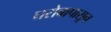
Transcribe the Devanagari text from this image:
घरोबापासून